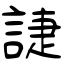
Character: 誱